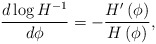
\begin{align*}{d \log{H^{-1}} \over d \phi} = - {H'\left(\phi\right) \over H\left(\phi\right)},\end{align*}